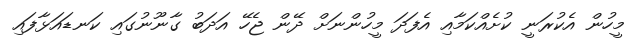
މީހުން އެކުރަނީ ކުށެއްކަމާއި އެފަދަ މީހުންނަށް ދޭން ޖެހޭ އަދަބު ގާނޫނުގައި ކަނޑައަޅާފައި